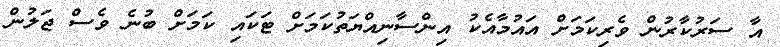
އާ ސަރުކާރުން ވެރިކަމަށް އައުމާއެކު އިންސާނިއްޔަތުކަމަށް ޓަކައި ކަމަށް ބުނެ ވެސް ޖަލުން